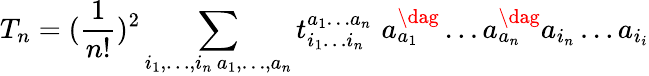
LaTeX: T_{n}=(\frac{1}{n!})^{2}\sum_{\substack{i_{1},\dots,i_{n}\, a_{1},\dots,a_{n}}}t_{i_{1}\dots i_{n}}^{a_{1}\dots a_{n}}\, \, a_{a_{1}}^{\dag}\dots a_{a_{n}}^{\dag}a_{i_{n}}\dots a_{i_{i}}